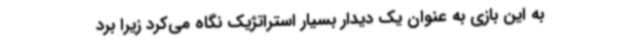
به این بازی به عنوان یک دیدار بسیار استراتژیک نگاه می‌کرد زیرا برد